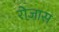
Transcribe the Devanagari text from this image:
रोजास